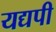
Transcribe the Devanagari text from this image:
यद्यपी